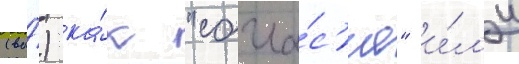
(ва́) ка́к "согла́с'ие" и́л'и